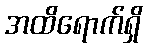
အထိရောက်ရှိ